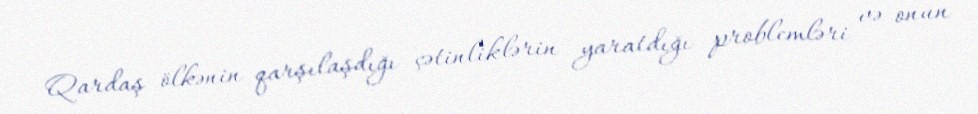
Qardaş ölkənin qarşılaşdığı çətinliklərin yaratdığı problemləri və onun